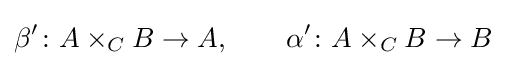
\beta '\colon A\times _{C}B\to A,\qquad \alpha '\colon A\times _{C}B\to B